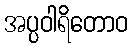
အပ္ပဝါရိတောဝ